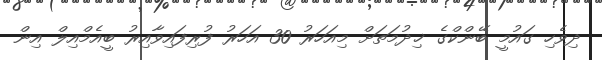
ދިވެހި ގައުމީ ބޭންކްގެ ޚިދުމަތަށް މިއަހަރު 30 އަހަރު ފުރިފައިވާއިރު ބީއެމްއިލް އިން